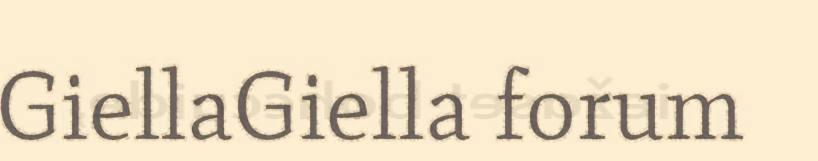
GiellaGiella forum